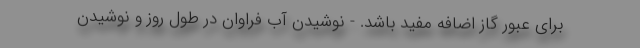
برای عبور گاز اضافه مفید باشد. - نوشیدن آب فراوان در طول روز و نوشیدن